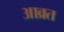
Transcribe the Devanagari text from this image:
आव्रत